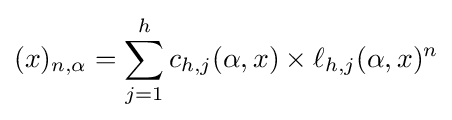
(x)_{n,\alpha }=\sum _{j=1}^{h}c_{h,j}(\alpha ,x)\times \ell _{h,j}(\alpha ,x)^{n}